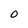
Character: o